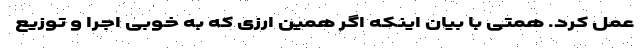
عمل کرد. همتی با بیان اینکه اگر همین ارزی که به خوبی اجرا و توزیع